system: You are a helpful assistant.
user:
Analyze the provided spectrum to determine if it is a **"Cataclysmic Variables (CV)"**.

- **Key Indicators for CV (Check for either state):**
    - **State 1: Quiescent / Low-State (Emission-Dominated)**
        - **(Primary):** Strong and *very broad* Hydrogen Balmer emission lines (e.g., $H\alpha$ at 6563 Å, $H\beta$ at 4861 Å). The 'broadness' (high velocity dispersion, often FWHM > 1000 km/s) is the key diagnostic, indicating a high-velocity accretion disk.
        - **(Secondary):** Broad neutral Helium (He I) emission lines (e.g., 5876 Å, 6678 Å).
        - **(Key Confirmation):** Presence of high-excitation *ionized* Helium (He II) emission at 4686 Å. This is a strong indicator of accretion onto a white dwarf.
        - **(Line Profile):** Emission lines may exhibit a 'double-peaked' profile, which is a classic signature of a rotating accretion disk viewed at high inclination.

    - **State 2: Outburst / High-State (Absorption-Dominated)**
        - **(Primary):** Spectrum is dominated by a bright, blue continuum (looks like a hot star).
        - **(Secondary):** The emission lines from State 1 are weak, absent, or 'filled in', and are replaced by broad, shallow *absorption* lines (primarily Balmer and He I).
        - **(Morphology):** The overall spectrum mimics a hot B/A-type star. The crucial difference is that the absorption lines are significantly broader, shallower, and more 'washed-out' (or 'smeared') than the sharp lines of a normal stellar photosphere, due to high rotational speeds and pressure broadening in the disk.

Think first, call **spectral_visualization_tool** if needed to examine features in detail, then provide your final answer. Your response must adhere to the following strict rules:
1.  **Overall Structure:** Your response must follow the format `<think>...</think> <tool_call>...</tool_call> (if a tool is used) <answer>...</answer>`.
2.  **Tool Usage Constraint:** You may only make **one** tool call per turn.
3.  **Final Answer Format:** In the `<answer>` tag, your conclusion must be inside a `\boxed{}` command (e.g., `\boxed{YES}`), followed by your justification.

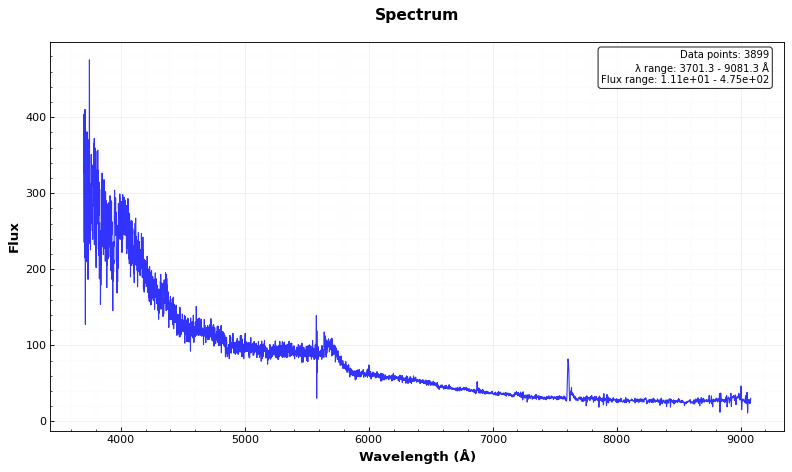
Answer: NO